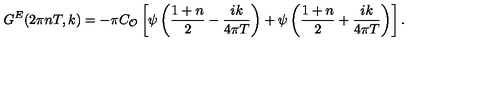
G ^ { E } ( 2 \pi n T , k ) = - \pi C _ { \cal { O } } \left[ \psi \left( { \frac { 1 + n } { 2 } } - { \frac { i k } { 4 \pi T } } \right) + \psi \left( { \frac { 1 + n } { 2 } } + { \frac { i k } { 4 \pi T } } \right) \right] .